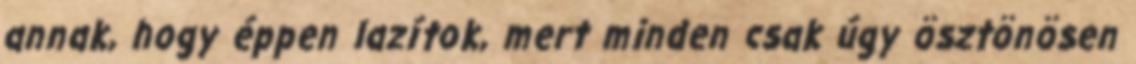
annak, hogy éppen lazítok, mert minden csak úgy ösztönösen